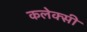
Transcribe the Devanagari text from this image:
कलेक्सी